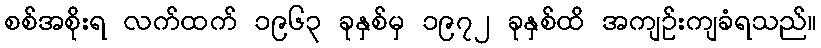
စစ်အစိုးရ လက်ထက် ၁၉၆၃ ခုနှစ်မှ ၁၉၇၂ ခုနှစ်ထိ အကျဉ်းကျခံရသည်။